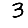
Digit: 3